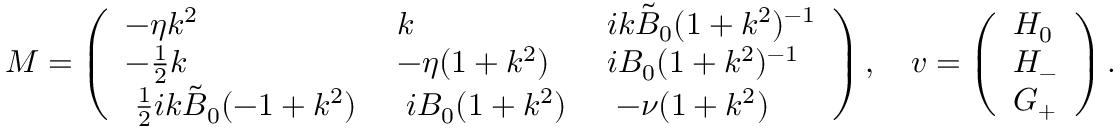
M = \left( \begin{array} { l l l } { - \eta k ^ { 2 } } & { k } & { i k \tilde { B } _ { 0 } ( 1 + k ^ { 2 } ) ^ { - 1 } } \\ { - \frac { 1 } { 2 } k } & { - \eta ( 1 + k ^ { 2 } ) } & { i B _ { 0 } ( 1 + k ^ { 2 } ) ^ { - 1 } } \\ { \; \frac { 1 } { 2 } i k \tilde { B } _ { 0 } ( - 1 + k ^ { 2 } ) \; } & { \; i B _ { 0 } ( 1 + k ^ { 2 } ) \; } & { \; - \nu ( 1 + k ^ { 2 } ) \; } \end{array} \right) , \quad \boldsymbol { v } = \left( \begin{array} { l } { H _ { 0 } } \\ { H _ { - } } \\ { G _ { + } } \end{array} \right) .